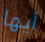
أيها